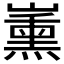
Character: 𱜑